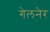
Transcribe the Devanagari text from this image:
गेलनेर